Plague in India, 1896, 1897 - Volume 2
Year: 1896
Disease focus: Plague
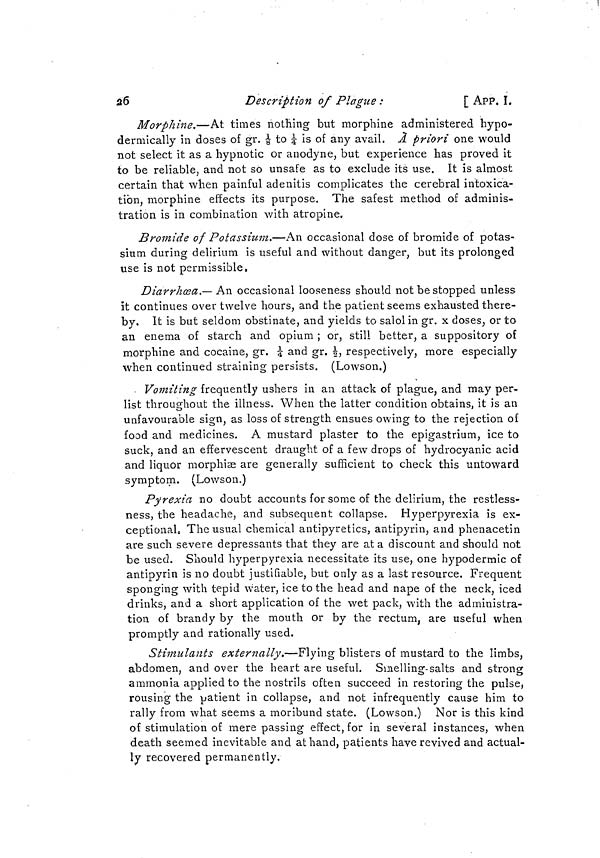
26
Description of Plague :
[ APP. I.
Morphine.—At times nothing but morphine administered hypo-
dermically in doses of gr. 1/8 to 1/4 is of any avail. A priori one would
not select it as a hypnotic or anodyne, but experience has proved it
to be reliable, and not so unsafe as to exclude its use. It is almost
certain that when painful adenitis complicates the cerebral intoxica-
tion, morphine effects its purpose. The safest method of adminis-
tration is in combination with atropine.
Bromide of Potassium.—An occasional dose of bromide of potas-
sium during delirium is useful and without danger, but its prolonged
use is not permissible,
Diarrhoea.— An occasional looseness should not be stopped unless
it continues over twelve hours, and the patient seems exhausted there-
by. It is but seldom obstinate, and yields to salol in gr. x doses, or to
an enema of starch and opium ; or, still better, a suppository of
morphine and cocaine, gr. 1/4 and gr. 1/2 respectively, more especially
when continued straining persists. (Lowson.)
Vomiting frequently ushers in an attack of plague, and may per-
list throughout the illness. When the latter condition obtains, it is an
unfavourable sign, as loss of strength ensues owing to the rejection of
food and medicines. A mustard plaster to the epigastrium, ice to
suck, and an effervescent draught of a few drops of hydrocyanic acid
and liquor morphiae are generally sufficient to check this untoward
symptom. (Lowson.)
Pyrexia no doubt accounts for some of the delirium, the restless-
ness, the headache, and subsequent collapse. Hyperpyrexia is ex-
ceptional, The usual chemical antipyretics, antipyrin, and phenacetin
are such severe depressants that they are at a discount and should not
be used. Should hyperpyrexia necessitate its use, one hypodermic of
antipyrin is no doubt justifiable, but only as a last resource. Frequent
sponging with tepid water, ice to the head and nape of the neck, iced
drinks, and a short application of the wet pack, with the administra-
tion of brandy by the mouth or by the rectum, are useful when
promptly and rationally used.
Stimulants externally.—Flying blisters of mustard to the limbs,
abdomen, and over the heart are useful. Smellinsc-salts and strong
'
O
O
ammonia applied to the nostrils often succeed in restoring the pulse,
rousing the patient in collapse, and not infrequently cause him to
rally from what seems a moribund state. (Lowson.) Nor is this kind
of stimulation of mere passing effect, for in several instances, when
death seemed inevitable and at hand, patients have revived and actual-
ly recovered permanently.